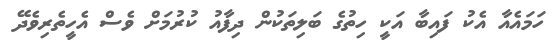
ހަމައެއާ އެކު ފައިބާ އަކީ ހިތުގެ ބަލިތަކުން ދިފާއު ކުރުމަށް ވެސް އެހީތެރިވެދޭ